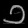
Digit: ၁